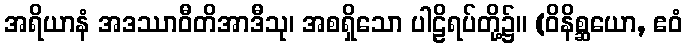
အရိယာနံ အဒဿာဝီတိအာဒီသု၊ အစရှိသော ပါဠိရပ်တို့၌။ (ဝိနိစ္ဆယော, ဧဝံ